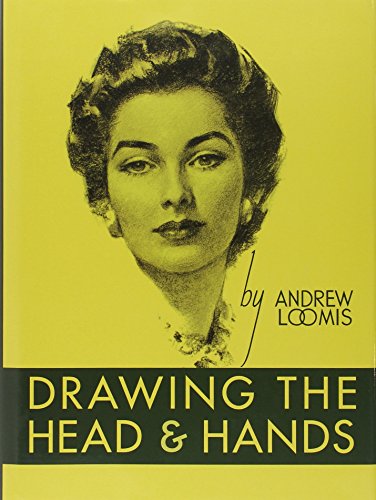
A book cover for Drawing the Head and Hands; Andrew Loomis; Arts & Photography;